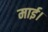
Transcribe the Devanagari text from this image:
माई।